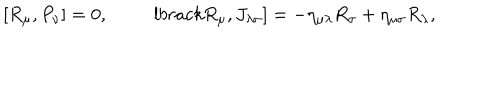
LaTeX: \lbrack R _ { \mu } , P _ { \nu } \rbrack = 0 , \qquad \ \, l b r a c k R _ { \mu } , J _ { \lambda \sigma } \rbrack = - \eta _ { \mu \lambda } R _ { \sigma } + \eta _ { \mu \sigma } R _ { \lambda } ,